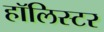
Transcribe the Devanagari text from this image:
हॉलिस्टर